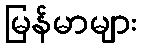
မြန်မာများ